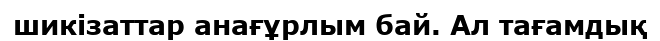
шикізаттар анағұрлым бай. Ал тағамдық